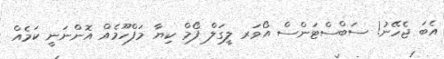
އެބަ ޖެހޭނު! ސަބްސްޓަންސް އޯވަރ ލީގަލް ފޯމް ކިޔާ މަފްހޫމެއް އޮންނަނީ ކަމެއް